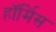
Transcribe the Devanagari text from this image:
हॉर्मिस